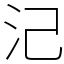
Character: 𣲆